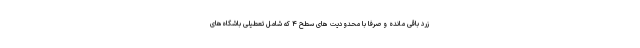
زرد باقی مانده و صرفا با محدودیت های سطح ۴ که شامل تعطیلی باشگاه‌های